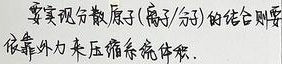
要实现分散原子(离子/分子)的结合则要
依靠外力来压缩系统体积.